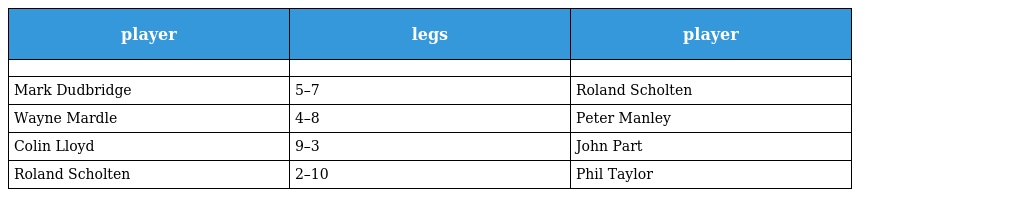
| player | legs | player |
 | --- | --- | --- |
 |  |  |  |
 | Mark Dudbridge | 5–7 | Roland Scholten |
 | Wayne Mardle | 4–8 | Peter Manley |
 | Colin Lloyd | 9–3 | John Part |
 | Roland Scholten | 2–10 | Phil Taylor |